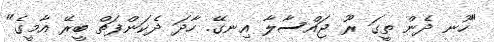
"ހޫނ ދެން ތީގަ ރޫ ޖައްސާލާ އިނގޭ. ހާދަ ދެކަންފަތް ބީރޭ އާމީގެ"